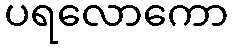
ပရလောကော